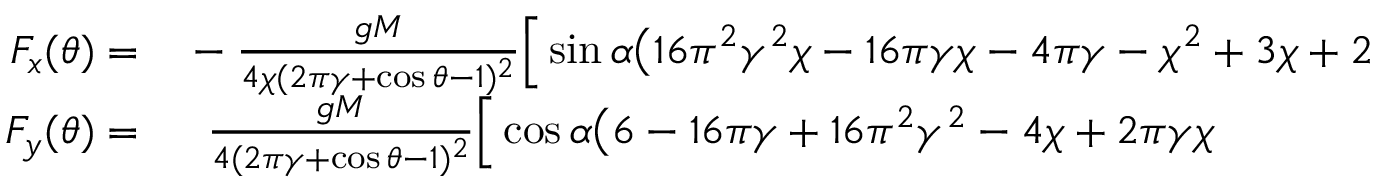
\begin{array} { r l } { F _ { x } ( \theta ) = } & { { } - \frac { g M } { 4 \chi ( 2 \pi \gamma + \cos \theta - 1 ) ^ { 2 } } \Big [ \sin \alpha \big ( 1 6 \pi ^ { 2 } \gamma ^ { 2 } \chi - 1 6 \pi \gamma \chi - 4 \pi \gamma - \chi ^ { 2 } + 3 \chi + 2 } \\ { F _ { y } ( \theta ) = } & { { } \; \; \frac { g M } { 4 ( 2 \pi \gamma + \cos \theta - 1 ) ^ { 2 } } \Big [ \cos \alpha \big ( 6 - 1 6 \pi \gamma + 1 6 \pi ^ { 2 } \gamma ^ { 2 } - 4 \chi + 2 \pi \gamma \chi } \end{array}